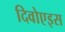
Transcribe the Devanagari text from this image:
दिवोएइस